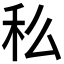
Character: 𥝠